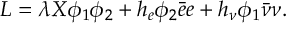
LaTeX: L = \lambda X \phi _ { 1 } \phi _ { 2 } + h _ { e } \phi _ { 2 } \bar { e } e + h _ { \nu } \phi _ { 1 } \bar { \nu } \nu .